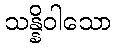
သန္နိဝါသော